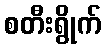
စတီးရွိုက်